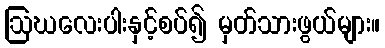
ဩဃလေးပါးနှင့်စပ်၍ မှတ်သားဖွယ်များ။